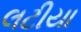
લટીયા